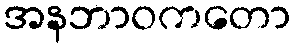
အနဘာဝကတော